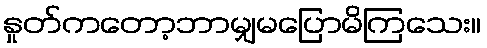
နှုတ်ကတော့ဘာမျှမပြောမိကြသေး။